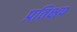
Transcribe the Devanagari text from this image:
प्रतिक्षप